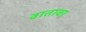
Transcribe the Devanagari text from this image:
वातावर